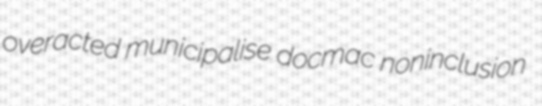
overacted municipalise docmac noninclusion